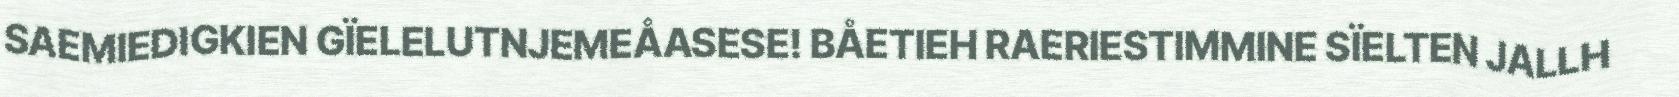
SAEMIEDIGKIEN GÏELELUTNJEMEÅASESE! BÅETIEH RAERIESTIMMINE SÏELTEN JALLH